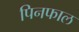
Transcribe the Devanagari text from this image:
पिनफाल